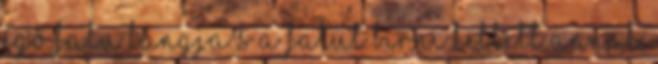
égő falu lángja s a falut bírni kellett annak,